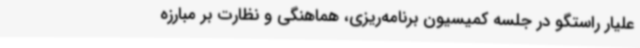
علیار راستگو در جلسه کمیسیون برنامه‌ریزی، هماهنگی و نظارت بر مبارزه